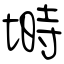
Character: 塒